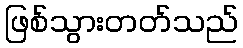
ဖြစ်သွားတတ်သည်